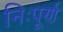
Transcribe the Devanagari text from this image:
निःपूर्ण